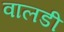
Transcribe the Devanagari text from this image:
वालडी